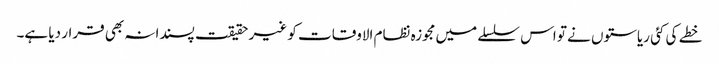
خطے کی کئی ریاستوں نے تو اس سلسلے میں مجوزہ نظام الاوقات کو غیر حقیقت پسندانہ بھی قرار دیا ہے۔